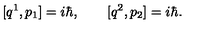
[ q ^ { 1 } , p _ { 1 } ] = i \hbar , \qquad [ q ^ { 2 } , p _ { 2 } ] = i \hbar .